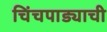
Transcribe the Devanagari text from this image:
चिंचपाड्याची